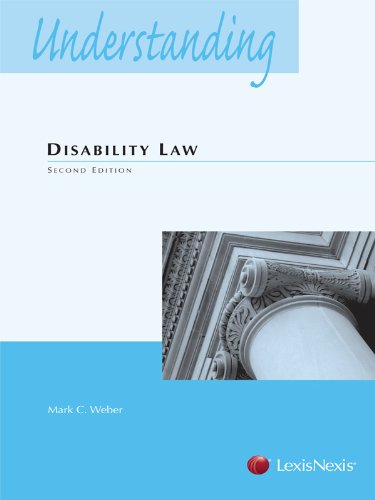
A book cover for Understanding Disability Law; Mark C. Weber; Law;